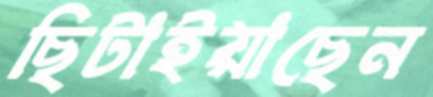
ছিটাইয়াছেন